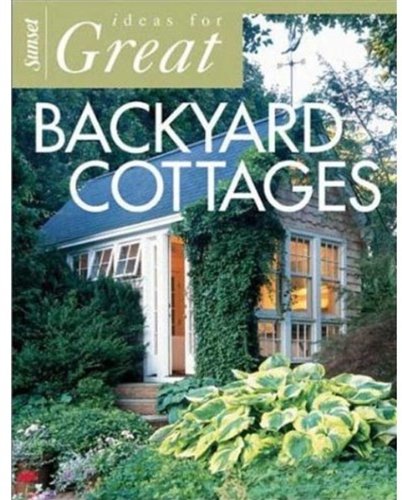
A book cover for Ideas for Great Backyard Cottages; Editors of Sunset Books; Crafts, Hobbies & Home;